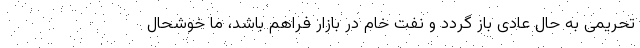
تحریمی به حال عادی باز گردد و نفت خام در بازار فراهم باشد، ما خوشحال